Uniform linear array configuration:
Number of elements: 48
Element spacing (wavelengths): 0.75
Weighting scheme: exponential
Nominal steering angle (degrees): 15
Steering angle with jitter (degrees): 16.3
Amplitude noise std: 0.05
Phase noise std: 0.05

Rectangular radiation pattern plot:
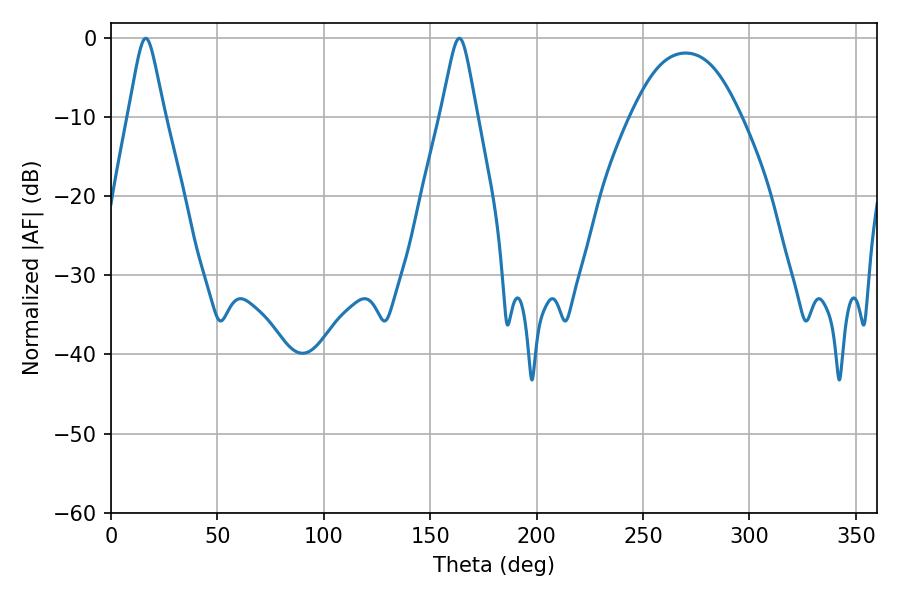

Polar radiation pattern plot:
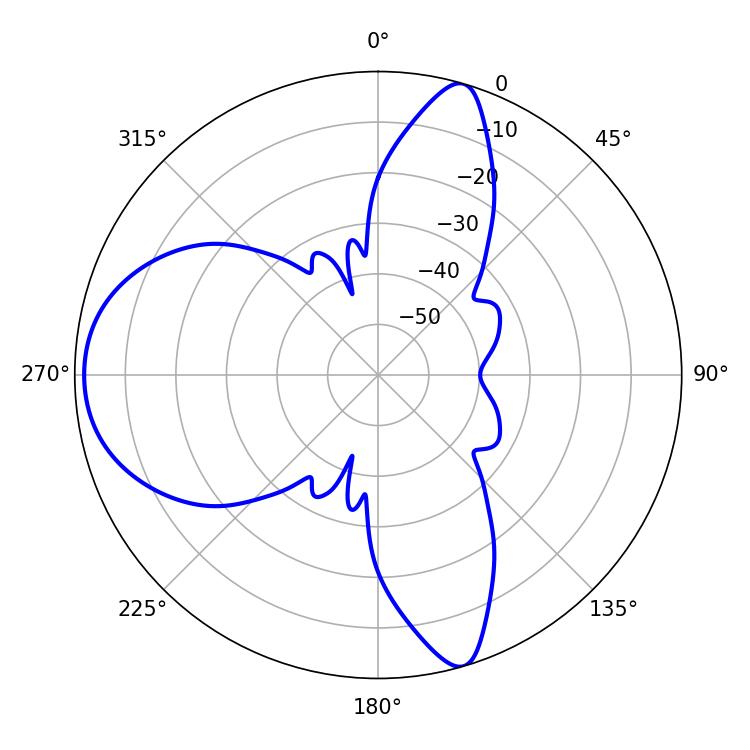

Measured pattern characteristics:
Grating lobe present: TRUE
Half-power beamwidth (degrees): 7.92
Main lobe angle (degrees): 16.38